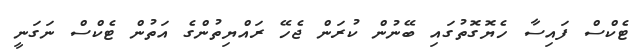
ޓެކްސް ފައިސާ ހެޔޮގޮތުގައި ބޭނުން ކުރަން ޖެހޭ ރައްޔިތުންގެ އަތުން ޓެކްސް ނަގަނީ